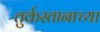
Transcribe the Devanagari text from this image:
तुर्कस्तानाच्या